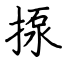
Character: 揼